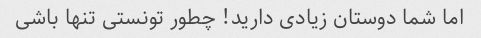
اما شما دوستان زیادی دارید! چطور تونستی تنها باشی